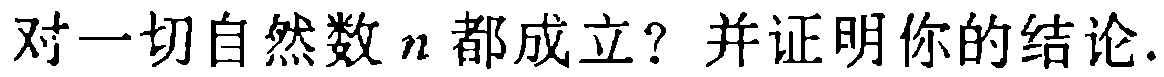
对一切自然数$n$都成立？并证明你的结论.